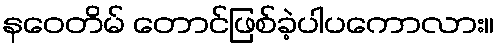
နဝေတိမ် တောင်ဖြစ်ခဲ့ပါပကောလား။